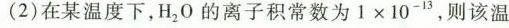
(2)在某温度下，H，O的离子积常数为1×10^{-13}，则该温